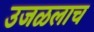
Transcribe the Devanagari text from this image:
उजळलाच